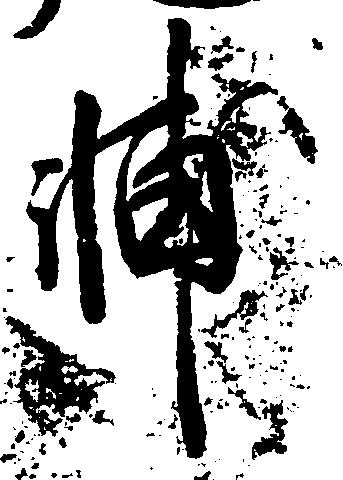
輔